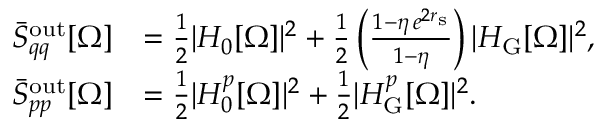
\begin{array} { r l } { \bar { S } _ { q q } ^ { \mathrm { o u t } } [ \Omega ] } & { = \frac { 1 } { 2 } | H _ { 0 } [ \Omega ] | ^ { 2 } + \frac { 1 } { 2 } \left( \frac { 1 - \eta \, e ^ { 2 r _ { \mathrm { s } } } } { 1 - \eta } \right) | H _ { \mathrm { G } } [ \Omega ] | ^ { 2 } , } \\ { \bar { S } _ { p p } ^ { \mathrm { o u t } } [ \Omega ] } & { = \frac { 1 } { 2 } | H _ { 0 } ^ { p } [ \Omega ] | ^ { 2 } + \frac { 1 } { 2 } | H _ { \mathrm { G } } ^ { p } [ \Omega ] | ^ { 2 } . } \end{array}